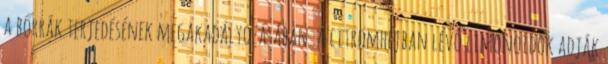
a bőrrák terjedésének megakadályozásában. A citromhéjban lévő limonoidok adják